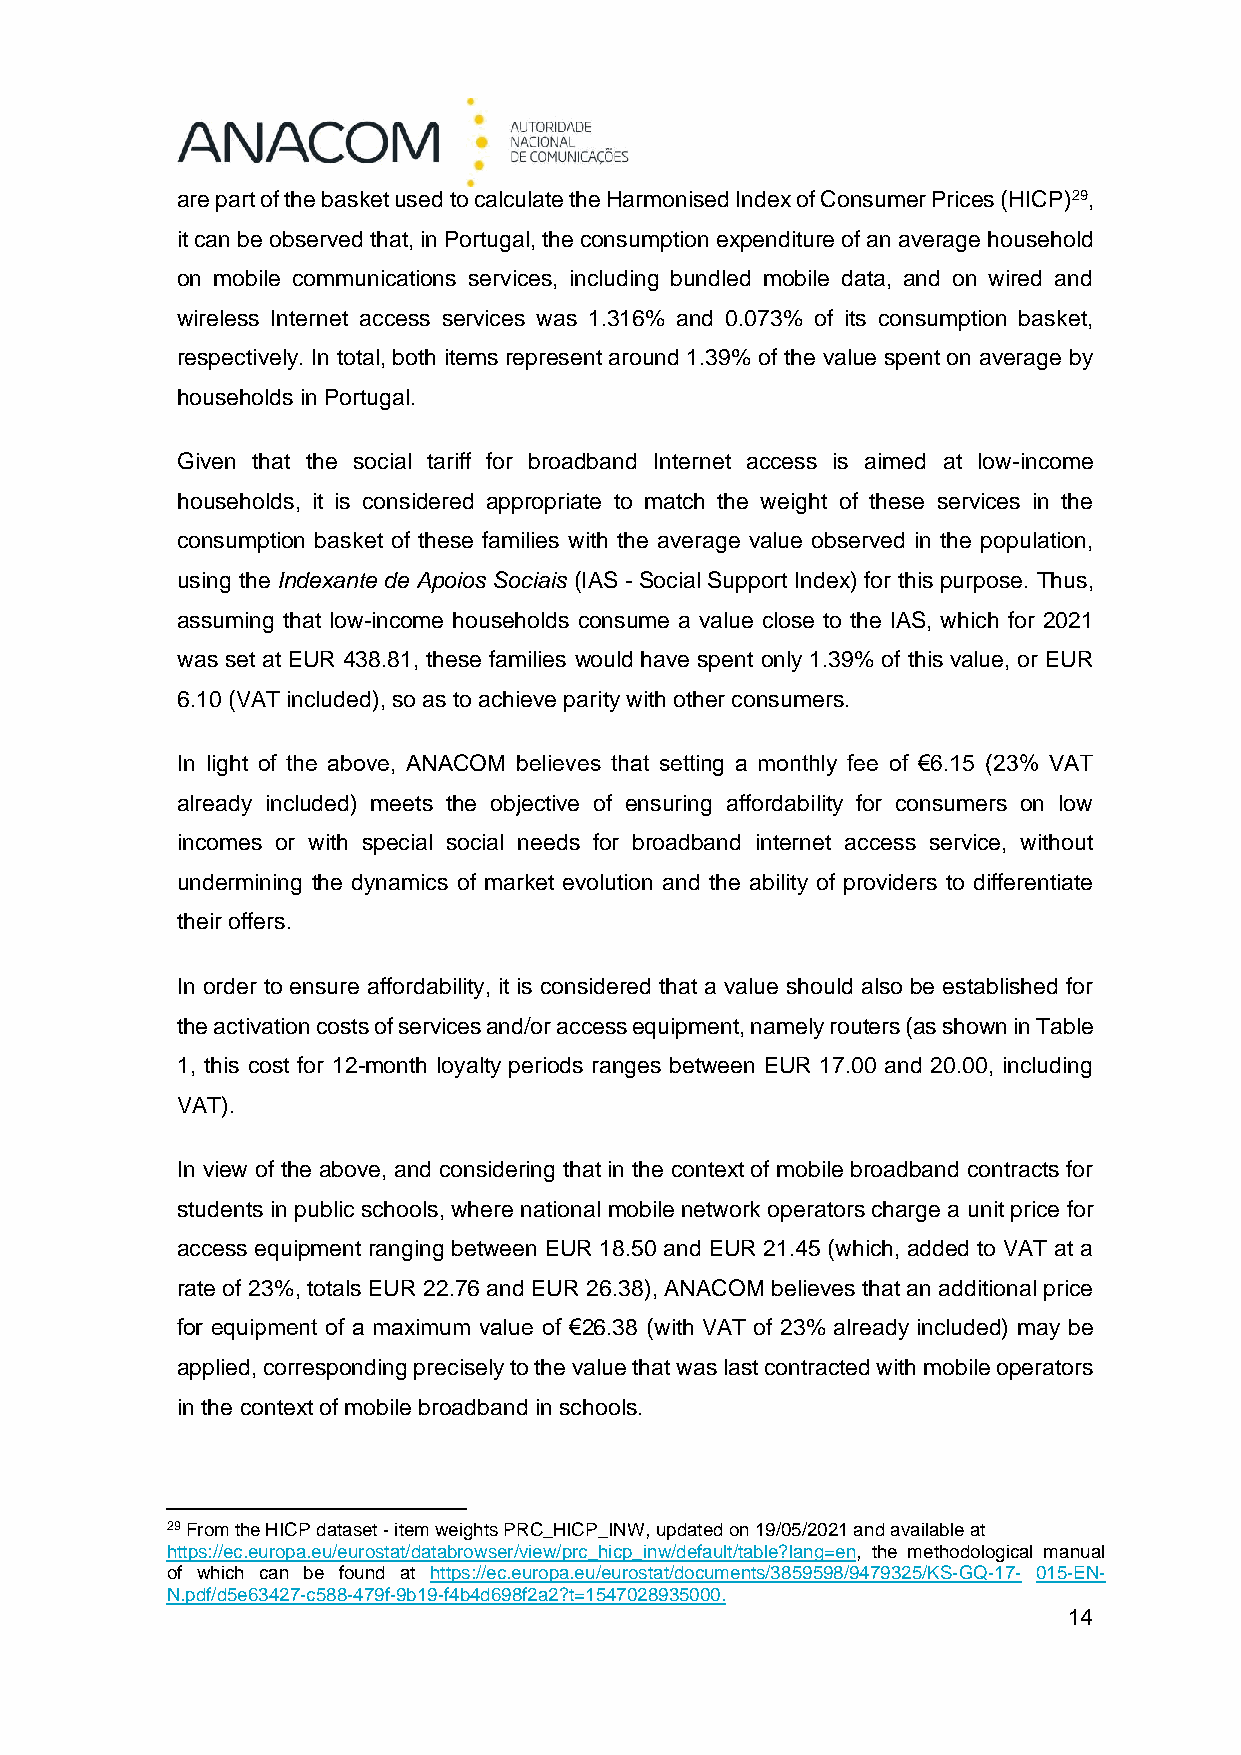
are part of the basket used to calculate the Harmonised Index of Consumer Prices (HICP)29,
 it can be observed that, in Portugal, the consumption expenditure of an average household
 on mobile communications services, including bundled mobile data, and on wired and
 wireless Internet access services was 1.316% and 0.073% of its consumption basket,
 respectively. In total, both items represent around 1.39% of the value spent on average by
 households in Portugal.
 Given that the social tariff for broadband Internet access is aimed at low-income
 households, it is considered appropriate to match the weight of these services in the
 consumption basket of these families with the average value observed in the population,
 using the Indexante de Apoios Sociais (IAS - Social Support Index) for this purpose. Thus,
 assuming that low-income households consume a value close to the IAS, which for 2021
 was set at EUR 438.81, these families would have spent only 1.39% of this value, or EUR
 6.10 (VAT included), so as to achieve parity with other consumers.
 In light of the above, ANACOM believes that setting a monthly fee of €6.15 (23% VAT
 already included) meets the objective of ensuring affordability for consumers on low
 incomes or with special social needs for broadband internet access service, without
 undermining the dynamics of market evolution and the ability of providers to differentiate
 their offers.
 In order to ensure affordability, it is considered that a value should also be established for
 the activation costs of services and/or access equipment, namely routers (as shown in Table
 1, this cost for 12-month loyalty periods ranges between EUR 17.00 and 20.00, including
 VAT).
 In view of the above, and considering that in the context of mobile broadband contracts for
 students in public schools, where national mobile network operators charge a unit price for
 access equipment ranging between EUR 18.50 and EUR 21.45 (which, added to VAT at a
 rate of 23%, totals EUR 22.76 and EUR 26.38), ANACOM believes that an additional price
 for equipment of a maximum value of €26.38 (with VAT of 23% already included) may be
 applied, corresponding precisely to the value that was last contracted with mobile operators
 in the context of mobile broadband in schools.
 29 From the HICP dataset - item weights PRC_HICP_INW, updated on 19/05/2021 and available at
 https://ec.europa.eu/eurostat/databrowser/view/prc_hicp_inw/default/table?lang=en, the methodological manual
 of which can be found at https://ec.europa.eu/eurostat/documents/3859598/9479325/KS-GQ-17- 015-EN-
 N.pdf/d5e63427-c588-479f-9b19-f4b4d698f2a2?t=1547028935000.
 14